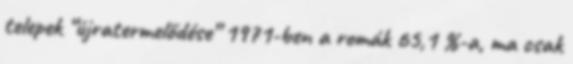
telepek “újratermelődése” 1971-ben a romák 65,1 %-a, ma csak